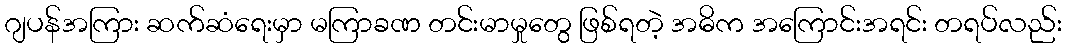
ဂျပန်အကြား ဆက်ဆံရေးမှာ မကြာခဏ တင်းမာမှုတွေ ဖြစ်ရတဲ့ အဓိက အကြောင်းအရင်း တရပ်လည်း